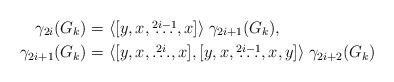
LaTeX: \begin{align*} \gamma_{2i}(G_k) & = \langle [y,x,\overset{2i-1}{\ldots},x] \rangle \; \gamma_{2i+1}(G_k), \\ \gamma_{2i+1}(G_k) & = \langle [y,x,\overset{2i}{\ldots},x], [y,x,\overset{2i-1}{\ldots},x,y] \rangle \; \gamma_{2i+2}(G_k) \end{align*}